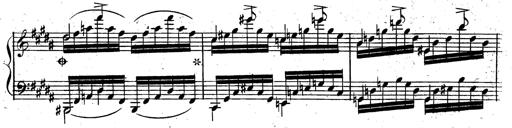
Title: Rondeau fantastique sur un thÃ¨me espagnol
Composer: Franz Liszt